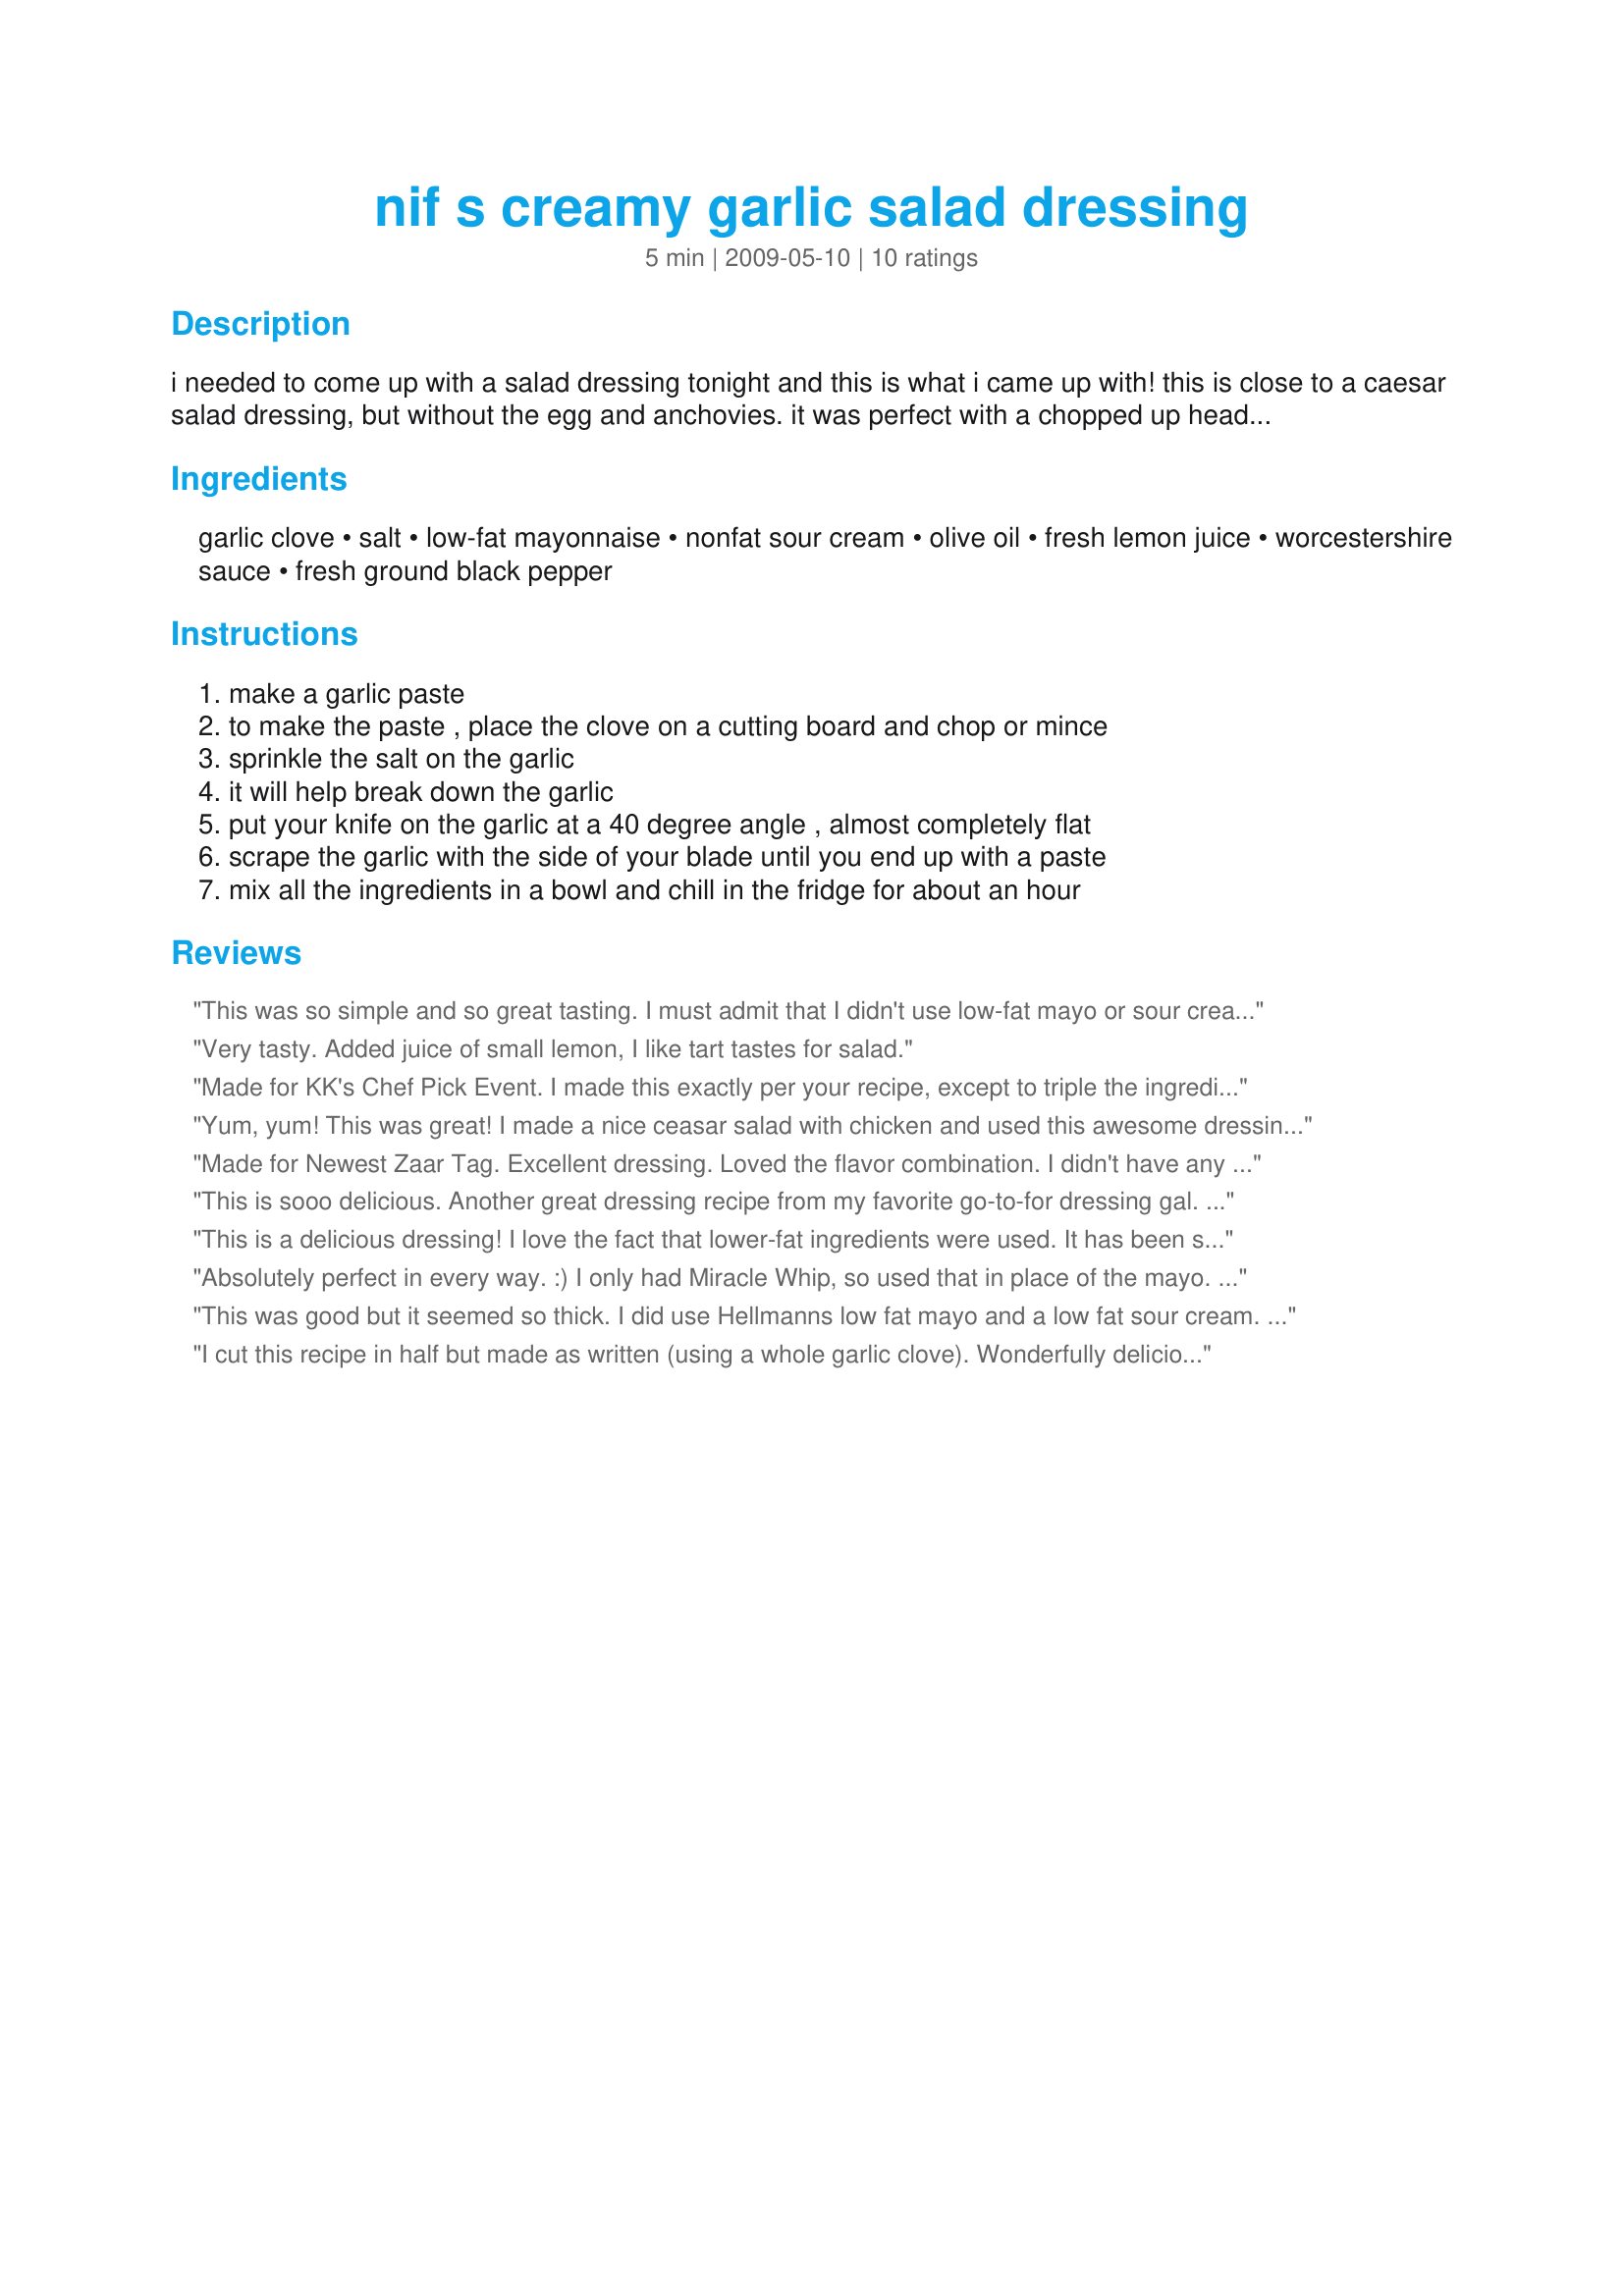
nif s creamy garlic salad dressing
Preparation time: 5 minutes

i needed to come up with a salad dressing tonight and this is what i came up with! this is close to a caesar salad dressing, but without the egg and anchovies. it was perfect with a chopped up head of romaine. feel free to top this with croutons and shredded parmesan. enjoy!

Ingredients:
garlic clove, salt, low-fat mayonnaise, nonfat sour cream, olive oil, fresh lemon juice, worcestershire sauce, fresh ground black pepper

Steps:
make a garlic paste, to make the paste , place the clove on a cutting board and chop or mince, sprinkle the salt on the garlic, it will help break down the garlic, put your knife on the garlic at a 40 degree angle , almost completely flat, scrape the garlic with the side of your blade until you end up with a paste, mix all the ingredients in a bowl and chill in the fridge for about an hour

Reviews:
This was so simple and so great tasting. I must admit that I didn't use low-fat mayo or sour cream - but loved the flavor and texture of this dressing. I probably used a little more garlic - in my kitchen you can never have too much garlic, mushrooms, or onions, lol. Thanks Nif for sharing your great creation. Made for Went To The Market Tag.
Very tasty. Added juice of small lemon, I like tart tastes for salad.
Made for KK's Chef Pick Event. I made this exactly per your recipe, except to triple the ingredients and I increased the garlic to a little more than 4 cloves and I used whole ingredients rather than low or non fat. This gave me enough for my salad last night. the salad I am taking to a potluck today, and hope to have some left for another salad or two this week. This is really a super delicious dressing that I will be making again and hope to keep as a regular in my refrigerator. I especially love the fact that it has a great garlic flavor and yet clean tang to it. Thank You Nif for another great recipe.
Yum, yum! This was great! I made a nice ceasar salad with chicken and used this awesome dressing. It was nicely tangy and just the right amount of garlicky. I reduced the salt by half. Thanks Nif! Made for 123 tag.
Made for Newest Zaar Tag. Excellent dressing. Loved the flavor combination. I didn't have any fresh garlic cloves so I used 1/2 tsp garlic powder, but will definitely use fresh garlic next time. DD usually turns her nose up at some of the dressings that I make, but she couldn't leave this one alone! Thanks for posting this Nif!
This is sooo delicious. Another great dressing recipe from my favorite go-to-for dressing gal. A must try for everyone that's a garlic lover!!!! YUMMY!!!
This is a delicious dressing! I love the fact that lower-fat ingredients were used. It has been said that women are notorious for choosing salads for dietary reasons only to blow the whole theory by drowning them in fattening dressings. **A tip** put your dressing on the side, then dip the fork into the dressing. The lemon juice was a great addition! Thank you so much Nif for a wonderful recipe! Made for Chef's Pick at one of KK's forums.
Absolutely perfect in every way. :) I only had Miracle Whip, so used that in place of the mayo. I probably added more garlic than specified, but I'm a garlic lover, so that's just fine with me. I served this over romaine, mushrooms, parmesan cheese and cracked red peppercorns. I do believe I've found my *favourite* caesar dressing. Thanks Nif, for a wonderful recipe.
This was good but it seemed so thick. I did use Hellmanns low fat mayo and a low fat sour cream. So, I added 2 tsp. of white balsamic vinegar and that seemed to help. By the time I let it sit in the refrigerator for an hour, it was pretty thick again. Didn't really bother the flavor-just needed to be careful not to put too much dressing on our salad ingredients.
I cut this recipe in half but made as written (using a whole garlic clove). Wonderfully delicious! Served this on romaine, onions, mushrooms and radishes...delicious. Definately going into my "Favorites for 2011" and one that I will use often. Thank you. Made for Zaar Cookbook Tag.
